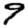
Digit: 9